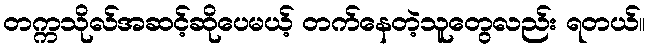
တက္ကသိုလ်အဆင့်ဆိုပေမယ့် တက်နေတဲ့သူတွေလည်း ရတယ်။